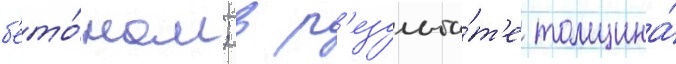
б'ето́ном; в р'езульта́т'е толщина́